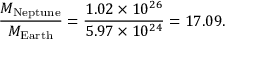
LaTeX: { \frac { M _ { \mathrm { N e p t u n e } } } { M _ { \mathrm { E a r t h } } } } = { \frac { 1 . 0 2 \times 1 0 ^ { 2 6 } } { 5 . 9 7 \times 1 0 ^ { 2 4 } } } = 1 7 . 0 9 .